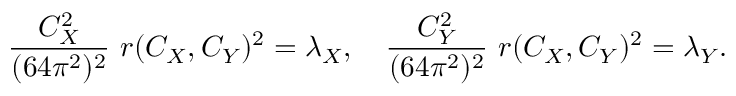
{ \frac { C _ { X } ^ { 2 } } { ( 6 4 \pi ^ { 2 } ) ^ { 2 } } } \ r ( C _ { X } , C _ { Y } ) ^ { 2 } = \lambda _ { X } , \quad { \frac { C _ { Y } ^ { 2 } } { ( 6 4 \pi ^ { 2 } ) ^ { 2 } } } \ r ( C _ { X } , C _ { Y } ) ^ { 2 } = \lambda _ { Y } .